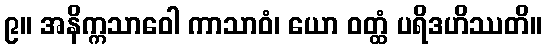
၉။ အနိက္ကသာဝေါ ကာသာဝံ၊ ယော ဝတ္ထံ ပရိဒဟိဿတိ။